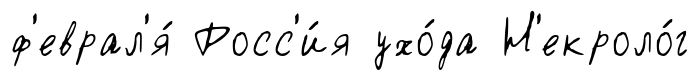
ф'еврал'я́ Росс'и́я ухо́да Н'екроло́г